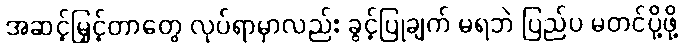
အဆင့်မြှင့်တာတွေ လုပ်ရာမှာလည်း ခွင့်ပြုချက် မရဘဲ ပြည်ပ မတင်ပို့ဖို့